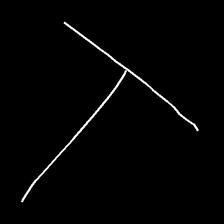
Glyph: column